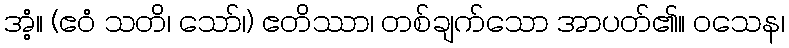
အံ့။ (ဧဝံ သတိ၊ သော်၊) ဧတိဿာ၊ တစ်ချက်သော အာပတ်၏။ ဝသေန၊